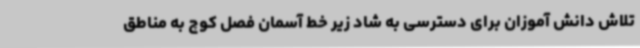
تلاش دانش آموزان برای دسترسی به شاد زیر خط آسمان فصل کوچ به مناطق